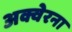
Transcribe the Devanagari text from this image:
अक्वेरना